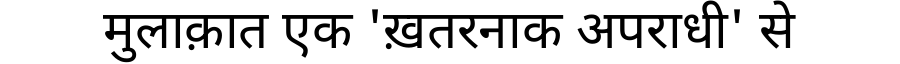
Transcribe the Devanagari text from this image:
मुलाक़ात एक 'ख़तरनाक अपराधी' से